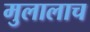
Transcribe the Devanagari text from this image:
मुलालाच